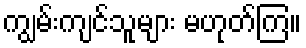
ကျွမ်းကျင်သူများ မဟုတ်ကြ။